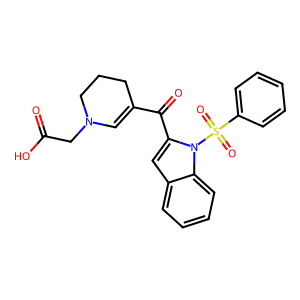
SMILES: O=C(O)CN1C=C(C(=O)c2cc3ccccc3n2S(=O)(=O)c2ccccc2)CCC1
Inhibits HIV replication: No